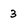
Character: 3